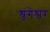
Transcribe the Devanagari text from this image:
श्रृंगेश्वर